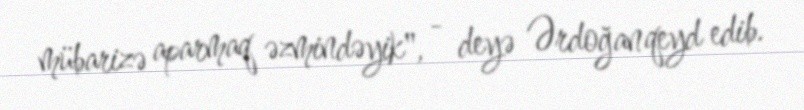
mübarizə aparmaq əzmindəyik", - deyə Ərdoğan qeyd edib.